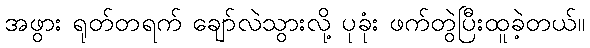
အဖွား ရုတ်တရက် ချော်လဲသွားလို့ ပုခုံး ဖက်တွဲပြီးထူခဲ့တယ်။